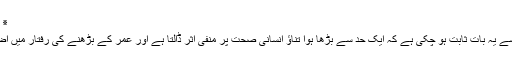
٭ گہری سانس لیں:
تناؤ کے حوالے سے یہ بات ثابت ہو چکی ہے کہ ایک حد سے بڑھا ہوا تناؤ انسانی صحت پر منفی اثر ڈالتا ہے اور عمر کے بڑھنے کی رفتار میں اضافہ کر دیتا ہے ۔